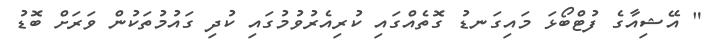
" އޭޝިއާގެ ފުޓްބޯޅަ މައިގަނޑު ގޮތެއްގައި ކުރިއެރުވުމުގައި ކުދި ގައުމުތަކުން ވަރަށް ބޮޑު